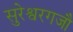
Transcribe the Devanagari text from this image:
सुरेश्वरगजौ